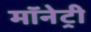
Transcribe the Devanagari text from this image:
मॉनेट्री